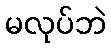
မလုပ်ဘဲ